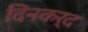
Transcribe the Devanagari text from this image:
दिनकर्द